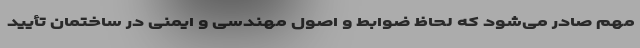
مهم صادر می‌شود که لحاظ ضوابط و اصول مهندسی و ایمنی در ساختمان تأیید